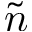
\tilde { n }